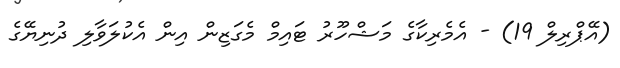
(އޭޕްރިލް 19) - އެމެރިކާގެ މަޝްހޫރު ޓައިމް މެގަޒިން އިން އެކުލަވާލި ދުނިޔޭގެ